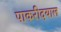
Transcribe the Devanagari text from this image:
पाकरीदयाल